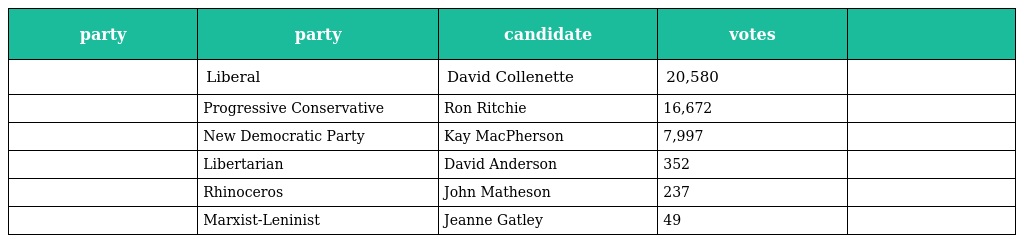
| party | party | candidate | votes |  |
 | --- | --- | --- | --- | --- |
 |  | Liberal | David Collenette | 20,580 |  |
 |  | Progressive Conservative | Ron Ritchie | 16,672 |  |
 |  | New Democratic Party | Kay MacPherson | 7,997 |  |
 |  | Libertarian | David Anderson | 352 |  |
 |  | Rhinoceros | John Matheson | 237 |  |
 |  | Marxist-Leninist | Jeanne Gatley | 49 |  |